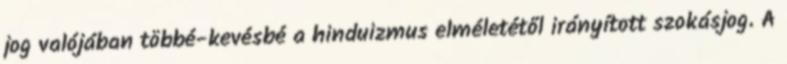
jog valójában többé-kevésbé a hinduizmus elméletétől irányított szokásjog. A